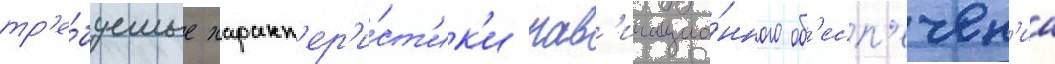
тр'е́буемые характ'ер'и́ст'ик'и нав'игацио́нного об'есп'ечен'иа